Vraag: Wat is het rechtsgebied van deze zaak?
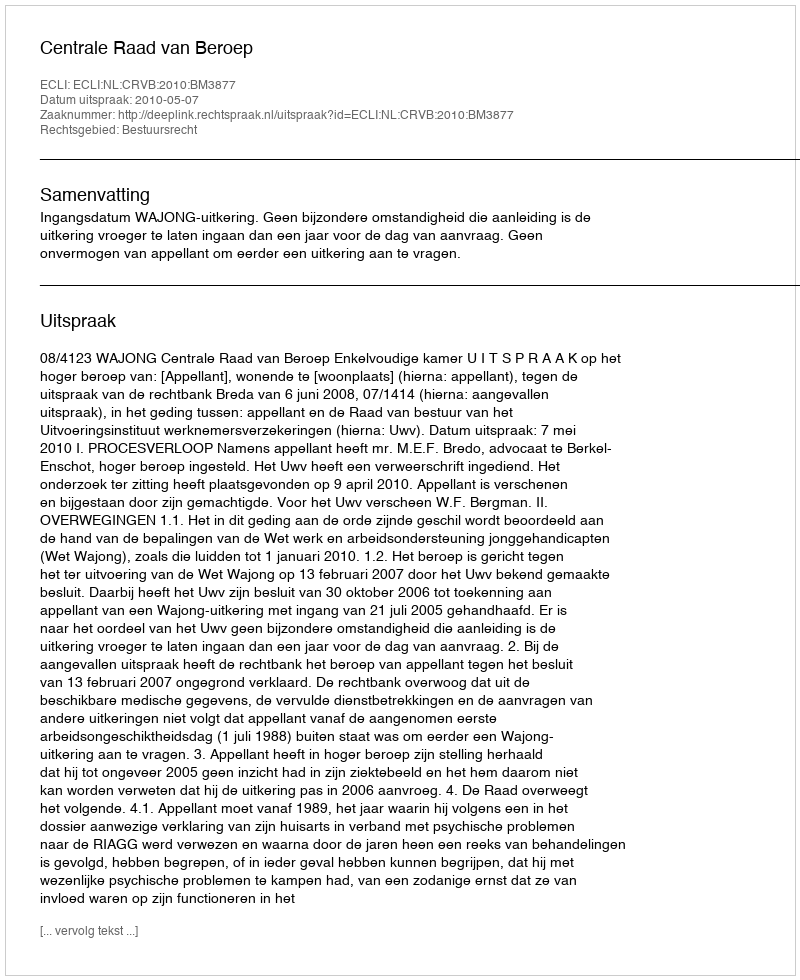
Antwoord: Bestuursrecht